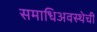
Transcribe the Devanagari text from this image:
समाधिअवस्थेची